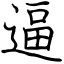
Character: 逼